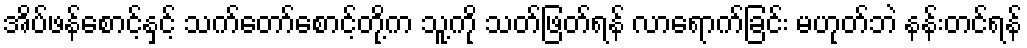
အိပ်ဖန်စောင့်နှင့် သက်တော်စောင့်တို့က သူ့ကို သတ်ဖြတ်ရန် လာရောက်ခြင်း မဟုတ်ဘဲ နန်းတင်ရန်